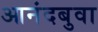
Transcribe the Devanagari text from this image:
आनंदबुवा